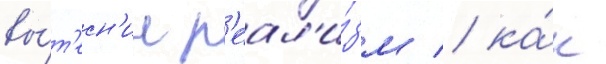
вы́т'есн'ил р'еал'и́зм / ка́к